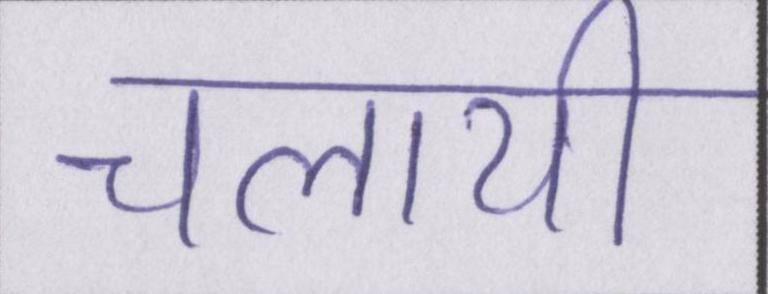
चलायी